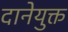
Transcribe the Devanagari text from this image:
दानेयुक्त